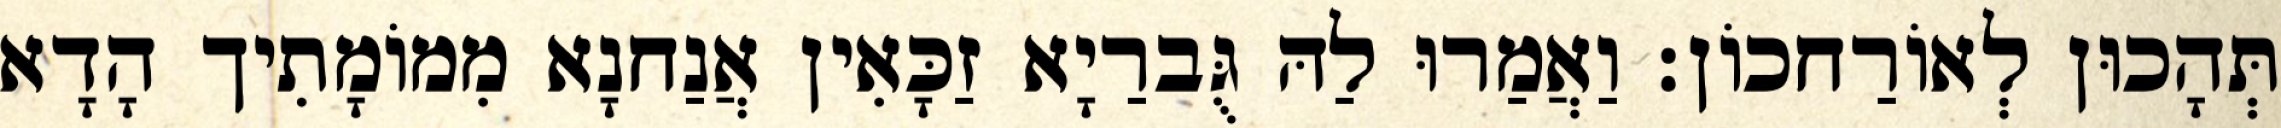
תְּהָכוּן לְאוֹרַחכוֹן׃ וַאֲמַרוּ לַהּ גֻּברַיָא זַכָּאִין אֲנַחנָא מִמוֹמָתִיך הָדָא